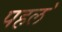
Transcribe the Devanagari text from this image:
पहल॓